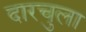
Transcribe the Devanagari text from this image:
दारचुला